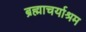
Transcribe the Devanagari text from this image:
ब्रह्माचर्याश्रम